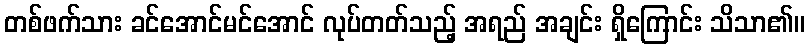
တစ်ဖက်သား ခင်အောင်မင်အောင် လုပ်တတ်သည့် အရည် အချင်း ရှိကြောင်း သိသာ၏။